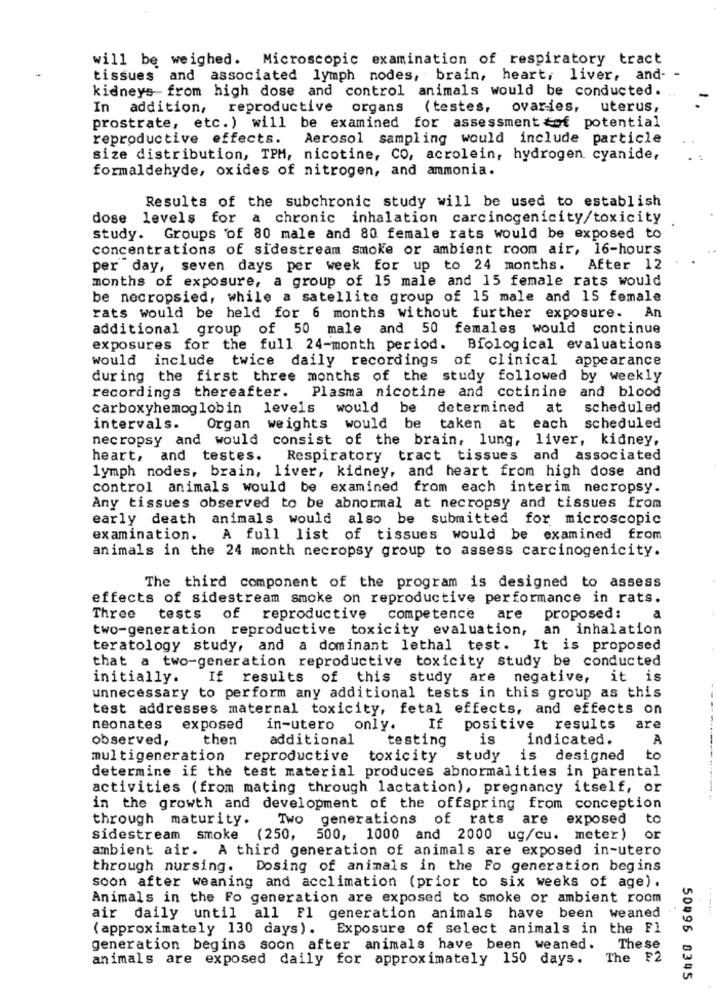
will be weighed. Microscopic examination of respiratory tract
tissues and associated lymph nodes, brain, heart, liver, and- -
kidneys from high dose and control animals would be conducted. ..
In addition, reproductive organs (testes,
ovaries, uterus,
prostrate, etc.) will be examined for assessment of potential
reproductive effects.
Aerosol sampling would include particle
size distribution, TPM, nicotine, CO, acrolein, hydrogen cyanide,
formaldehyde, oxides of nitrogen, and ammonia.
Results of the subchronic study will be used to establish
dose levels for a chronic inhalation carcinogenicity/toxicity
study. Groups of 80 male and 80 female rats would be exposed to
concentrations of sidestream Smoke or ambient room air, 16-hours
per day, seven days per week for up to 24 months.
After 12
months of exposure, a group of 15 male and 15 female rats would
be necropsied, while a satellite group of 15 male and 15 female
rats would be held for 6 months without further exposure. An
additional group of 50 male and 50 females would continue
exposures for the full 24-month period.
Biological evaluations
would include twice daily recordings of clinical appearance
during the first three months of the study followed by weekly
Plasma nicotine and cotinine and blood
recordings thereafter.
carboxyhemoglobin
levels would be determined
at
scheduled
intervals.
Organ weights would be
taken at each scheduled
necropsy and would consist of the brain, lung, liver, kidney,
heart, and testes. Respiratory tract tissues and associated
lymph nodes, brain, liver, kidney, and heart from high dose and
control animals would be examined from each interim necropsy.
Any tissues observed to be abnormal at necropsy and tissues from
early death animals would also be submitted for microscopic
examination.
A full list of tissues would be examined from
animals in the 24 month necropsy group to assess carcinogenicity.
The third component of the program is designed to assess
effects of sidestream smoke on reproductive performance in rats.
Three tests of reproductive competence are proposed:
a
two-generation reproductive toxicity evaluation,
an inhalation
teratology study, and a dominant lethal test. It is proposed
that a two-generation reproductive toxicity study be conducted
initially.
If results of this study are negative, it is
unnecessary to perform any additional tests in this group as this
test addresses maternal toxicity, fetal effects, and effects on
neonates
exposed
in-utero only.
If
positive results
are
observed,
then
additional
testing
is
indicated.
A
multigeneration
reproductive
toxicity
study is
designed
to
determine if the test material produces abnormalities in parental
activities (from mating through lactation), pregnancy itself, or
in the growth and development of the offspring from conception
through maturity.
Two generations of rats
are exposed
to
sidestream smoke (250,
500, 1000 and 2000 ug/cu. meter) or
ambient air. A third generation of animals are exposed in-utero
through nursing. Dosing of animals in the Fo generation begins
soon after weaning and acclimation (prior to six weeks of age).
Animals in the Fo generation are exposed to smoke or ambient room
air daily until all Fl generation animals have been weaned
( approximately 130 days). Exposure of select animals in the Fl
generation begins soon after animals have been weaned.
The se
animals are exposed daily for approximately 150 days.
The F2
50996 8345